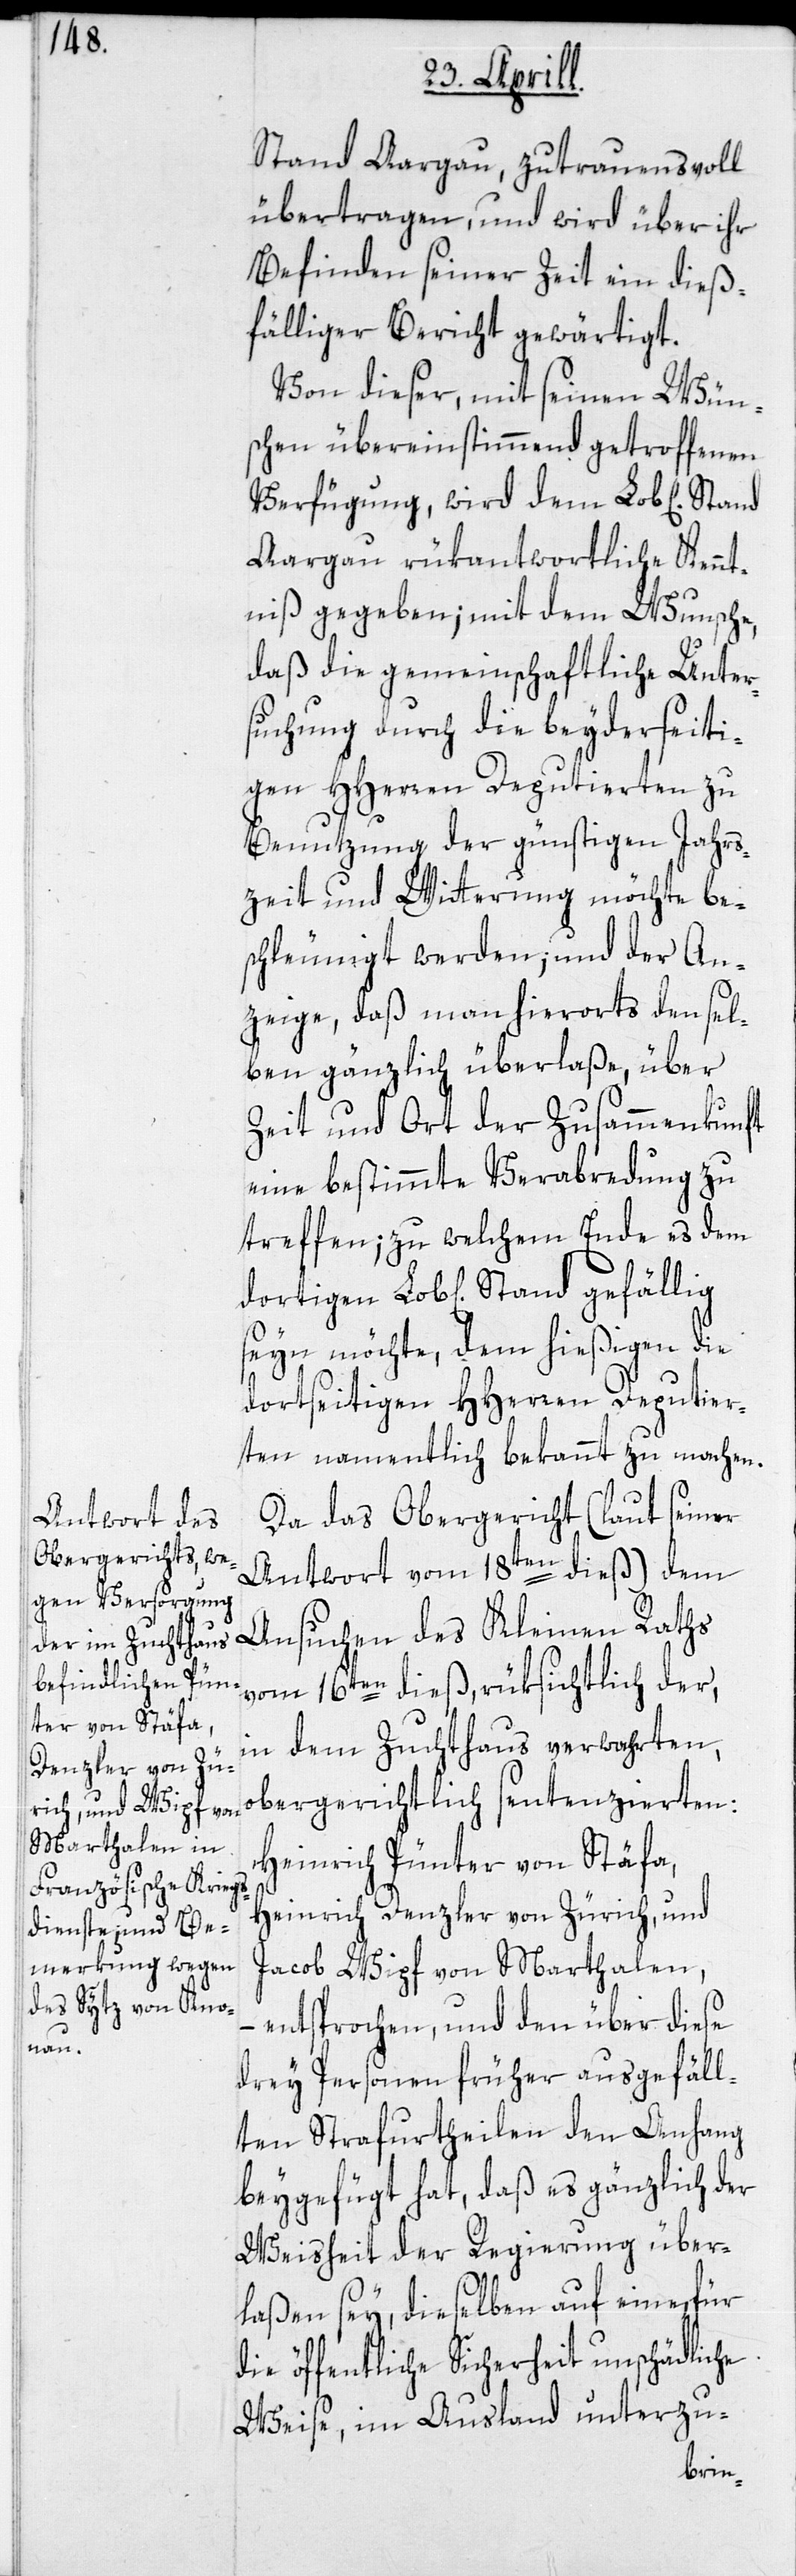
Stand Aargau, zutrauensvoll
übertragen, und wird über ihr
Befinden seiner Zeit ein dieß¬
fälliger Bericht gewärtigt.
Von dieser, mit seinen Wün¬
schen übereinstimmend getroffenen
Verfügung, wird dem Lob[lichen]
Aargau rükantwortliche Kennt¬
niß gegeben; mit dem Wunsche,
daß die gemeinschaftliche Unter¬
suchung durch die beyderseiti¬
gen HHerren Deputierten zu
Benutzung der günstigen Jahres¬
zeit und Witterung möchte be¬
schleunigt werden; und der An¬
zeige, daß man hierorts den sel¬
ben gänzlich überlaße, über
Zeit und Ort der Zusammenkunft
eine bestimmte Verabredung zu
treffen; zu welchem Ende es dem
seyn möchte, dem hießigen die
dortseitigen HHerren Deputier¬
ten namentlich bekannt zu machen.
Da das Obergericht (laut seiner
Antwort vom 18ten dieß) dem
Ansuchen des Kleinen Raths
vom 16ten dieß, rüksichtlich der,
in dem Zuchthaus verwahrten,
obergerichtlich sentenzierten:
Heinrich Pünter von Stäfa,
Heinrich Denzler von Zürich, und
Jacob Wipf von Marthalen,
entsprochen, und den über diese
drey Personen früher ausgefäll¬
ten Strafurtheilen den Anhang
beygefügt hat, daß es gänzlich der
Weisheit der Regierung über¬
laßen sey, dieselben auf eine, für
die öffentliche Sicherheit unschädliche
Weise, im Ausland unterzu-